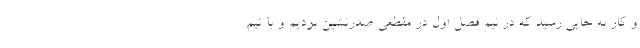
و کار به جایی رسید که در نیم فصل اول در مقطعی صدرنشین بودیم و با تیم